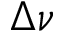
\Delta \nu